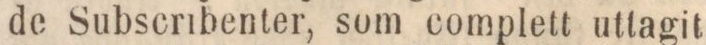
de Subscribenter, som complett uttagit